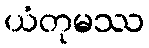
ယံတုမဿ